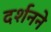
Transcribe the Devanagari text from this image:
दर्शनने